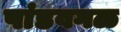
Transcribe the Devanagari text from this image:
पांडवगळ